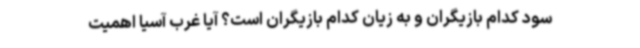
سود کدام بازیگران و به زیان کدام بازیگران است؟ آیا غرب آسیا اهمیت